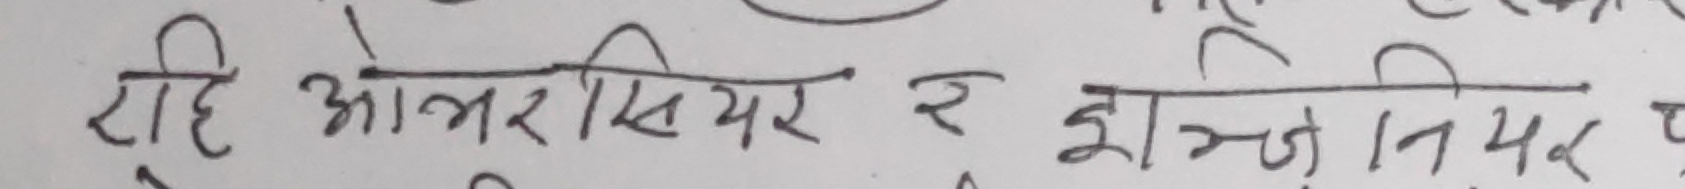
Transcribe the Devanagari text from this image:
रहि ओवरसियर र हेल्पनर पद